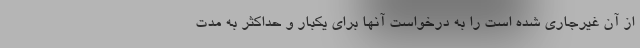
از آن غیرجاری شده است را به درخواست آنها برای یکبار و حداکثر به مدت